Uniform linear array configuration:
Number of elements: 12
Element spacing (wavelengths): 1
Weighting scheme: binomial
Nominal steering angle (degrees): -15
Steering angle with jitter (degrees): -15.468
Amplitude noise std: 0.05
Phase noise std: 0.05

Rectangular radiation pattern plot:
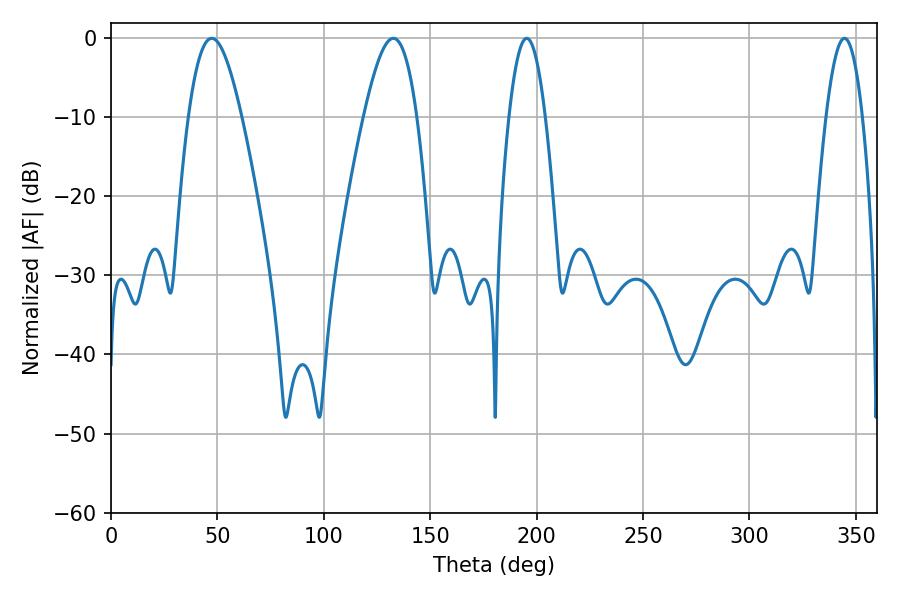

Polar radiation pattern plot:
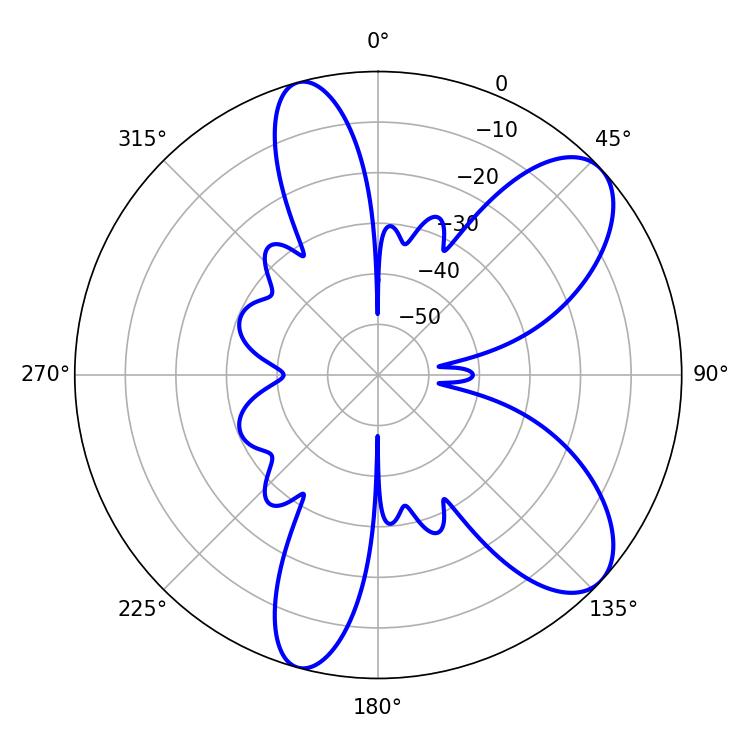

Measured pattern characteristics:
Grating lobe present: TRUE
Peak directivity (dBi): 8.453
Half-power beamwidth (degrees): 13.5
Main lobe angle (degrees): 47.34